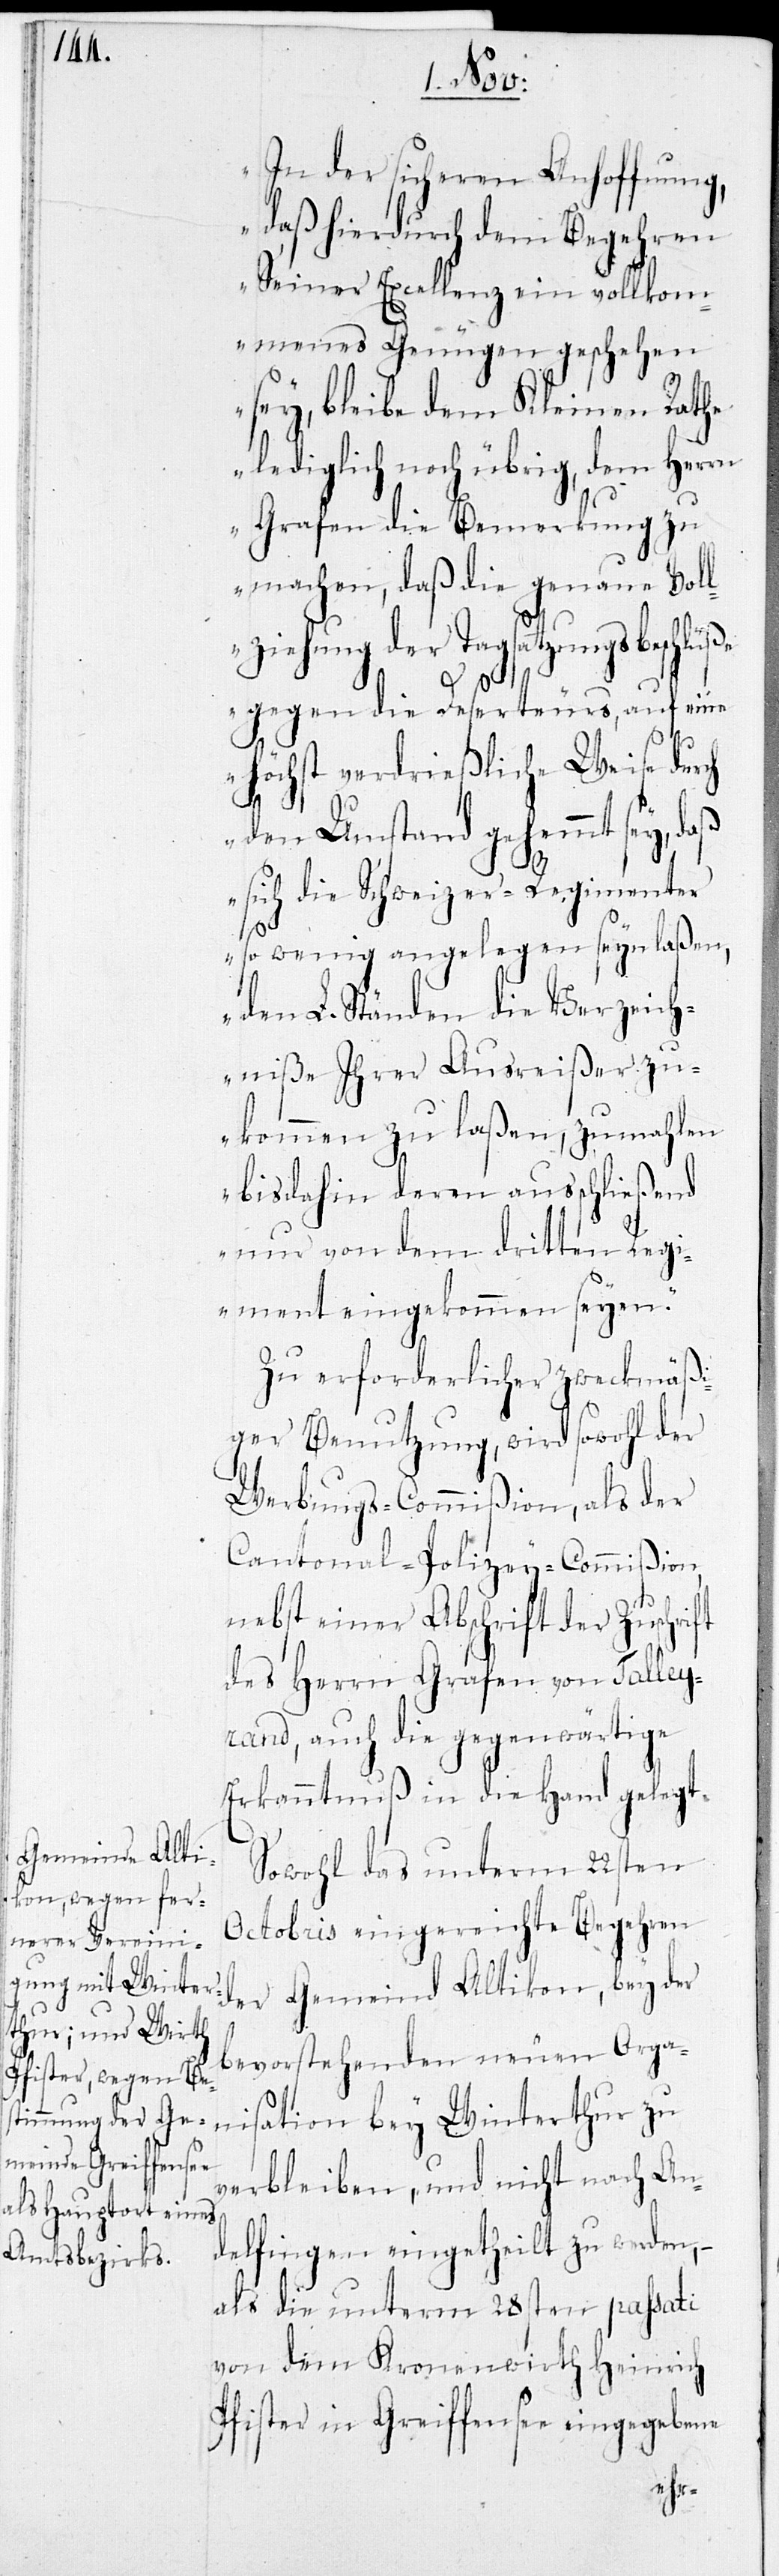
In der sicheren Anhoffnung,
daß hierdurch dem Begehren
Seiner Excellenz ein vollkom¬
menes Genügen geschehen
sey, bleibe dem Kleinen Rathe
lediglich noch übrig, dem Herrn
Grafen die Bemerkung zu
machen, daß die genaue Vol¬
lziehung der Tagsatzungsbeschlüße
gegen die Deserteurs, auf eine
höchst verdrießliche Weise durch
den Umstand gehemmt sey, daß
sich die Schweizer-Regimenter
so wenig angelegen seyn laße,
den L. Ständen die Verzeich¬
niße Ihrer Ausreißer zu¬
kommen zu laßen, zumahlen
bis dahin deren ausschließend
nur von dem dritten Regi¬
ment eingekommen seyen.“
Zu erforderlicher zweckmäßi¬
ger Benutzung, wird sowohl der
Werbungs-Commißion, als der
Cantonal-Polizey-Commißion,
nebst einer Abschrift der Zuschrift
des Herrn Grafen von Talley¬
rand, auch die gegenwärtige
Erkanntnuß in die Hand gelegt.
Gemeind Alti¬
Sowohl das unterm 22sten
Octobris eingereichte Begehren
bevorstehenden neuen Orga¬
nisation bey Winterthur zu
verbleiben, und nicht nach An¬
delfingen eingetheilt zu werden, –
als die unterm 28sten passati
von dem Kronenwirth Heinrich
Pfister in Greiffensee eingegebene
kon,